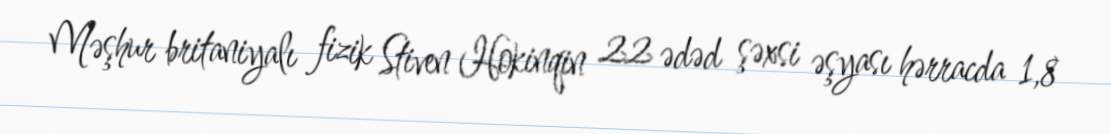
Məşhur britaniyalı fizik Stiven Hokinqin 22 ədəd şəxsi əşyası hərracda 1,8